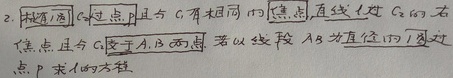
已知抛物线\(C_{1}\)。设抛物线\(C\)过点\(P\)且与\(C_{1}\)有相同的焦点。直线\(l\)过抛物线\(C_{2}\)的右焦点且与\(C_{2}\)交于\(A\)，\(B\)两点。若以线段\(AB\)为直径的圆过点\(P\)，求圆的方程。